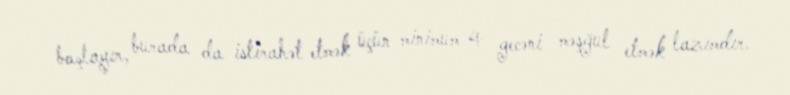
başlayır, burada da istirahət etmək üçün minimum 4 gecəni məşğul etmək lazımdır.